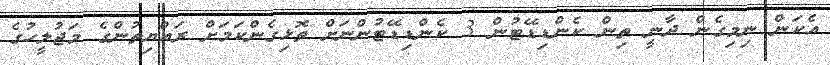
އެކަން ނިމިގެން ދާނީ ތިން ކެންޑިޑޭޓުން 3 ކެންޑިޑޭޓުންނަށް ތޮޅިގެންކަމަށް ރައްޔިތުންގެ މަޖުލީހުގެ